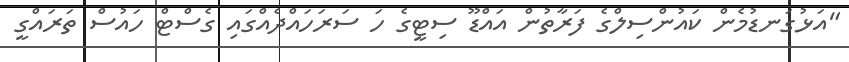
"އަޅުގަނޑުމެން ކައުންސިލްގެ ފަރާތުން އައްޑޫ ސިޓީގެ ހަ ސަރަހައްދެއްގައި ގެސްޓް ހައުސް ތަރައްގީ